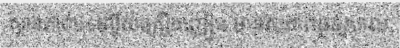
ស្ថានភាពបទល្មើសគ្រឿងញៀន មានសភាពធូរស្រាល